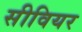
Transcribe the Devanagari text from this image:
सीवियर